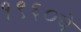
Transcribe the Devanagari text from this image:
१९६०चे